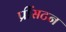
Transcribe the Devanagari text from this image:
प्रींसटन